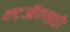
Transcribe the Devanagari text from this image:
कटऑफसाठी